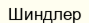
Шиндлер